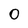
Character: 0